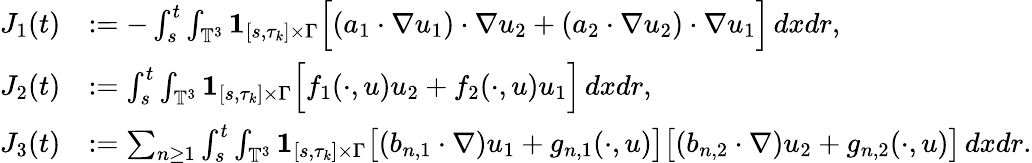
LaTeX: \begin{array}{rl}{J_{1}(t)}&{:=-\int_{s}^{t}\int_{\mathbb{T}^{3}}{{\mathbf 1}}_{[s,\tau_{k}]\times\Gamma}\Big[(a_{1}\cdot\nabla u_{1})\cdot\nabla u_{2}+(a_{2}\cdot\nabla u_{2})\cdot\nabla u_{1}\Big]\, dxdr,}\\ {J_{2}(t)}&{:=\int_{s}^{t}\int_{\mathbb{T}^{3}}{{\mathbf 1}}_{[s,\tau_{k}]\times\Gamma}\Big[f_{1}(\cdot,u)u_{2}+f_{2}(\cdot,u)u_{1}\Big]\, dxdr,}\\ {J_{3}(t)}&{:=\sum_{n\geq 1}\int_{s}^{t}\int_{\mathbb{T}^{3}}{{\mathbf 1}}_{[s,\tau_{k}]\times\Gamma}\big[(b_{n,1}\cdot\nabla)u_{1}+g_{n,1}(\cdot,u)\big]\big[(b_{n,2}\cdot\nabla)u_{2}+g_{n,2}(\cdot,u)\big]\, dxdr.}\end{array}